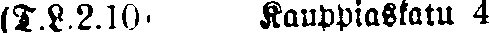
(T.L.2.10 Kauppiaskatu 4